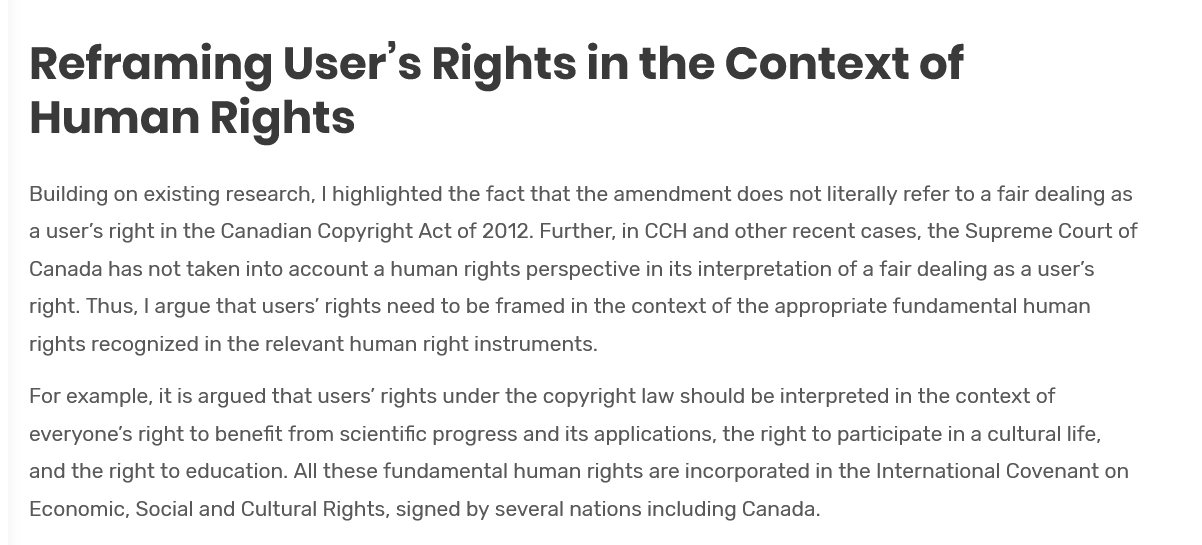
Reframing    User's    Rights    in    the    Context    of
    Human    Rights
   Building on existing research, | highlighted the fact that the amendment does not literally refer to a fair dealing as
   a user's right in the Canadian Copyright Act of 2012. Further, in CCH and other recent cases, the Supreme Court of
   Canada has not taken into account a human rights perspective in its interpretation of a fair dealing as a user's
   right. Thus, | argue that users’ rights need to be framed in the context of the appropriate fundamental human
   rights recognized in the relevant human right instruments.
   For example, it is argued that users’ rights under the copyright law should be interpreted in the context of
   everyone's right to benefit from scientific progress and its applications, the right to participate in a cultural life,
   and the right to education. All these fundamental human rights are incorporated in the International Covenant on
   Economic, Social and Cultural Rights, signed by several nations including Canada.